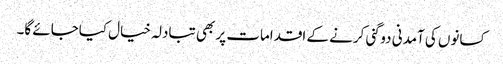
کسانوں کی آمدنی دوگنی کرنے کے اقدامات پر بھی تبادلہ خیال کیاجائے گا۔